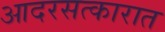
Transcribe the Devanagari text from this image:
आदरसत्कारात